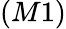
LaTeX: (M1)